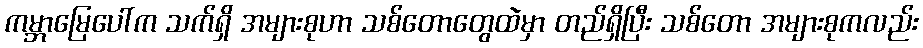
ကမ္ဘာမြေပေါ်က သက်ရှိ အများစုဟာ သစ်တောတွေထဲမှာ တည်ရှိပြီး သစ်တော အများစုကလည်း